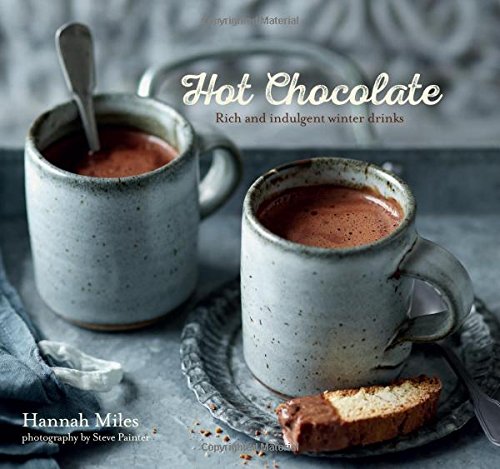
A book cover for Hot Chocolate: Rich and Indulgent Winter Drinks; Hannah Miles; Cookbooks, Food & Wine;